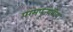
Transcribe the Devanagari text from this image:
परमपूज्‍यनीय